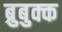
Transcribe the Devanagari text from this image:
ब्रुबुक्क